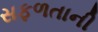
સફળતાની